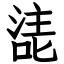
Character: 㗟